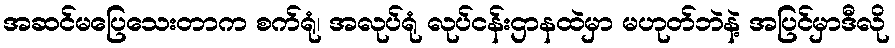
အဆင်မပြေသေးတာက စက်ရုံ၊ အလုပ်ရုံ လုပ်ငန်းဌာနထဲမှာ မဟုတ်ဘဲနဲ့ အပြင်မှာဒီလို